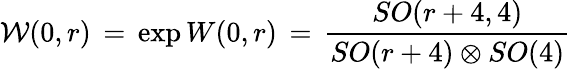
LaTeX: {\cal W}(0,r)\, =\, \exp{W(0,r)}\, =\, \frac{SO(r+4,4)}{SO(r+4)\otimes SO(4)}